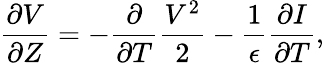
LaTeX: \frac{\partial V}{\partial Z}=-\frac{\partial}{\partial T}\frac{V^{2}}{2}-\frac{1}{\epsilon}\frac{\partial I}{\partial T},